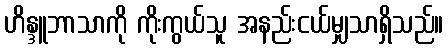
ဟိန္ဒူဘာသာကို ကိုးကွယ်သူ အနည်းငယ်မျှသာရှိသည်။